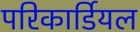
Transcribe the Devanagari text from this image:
परिकार्डियल